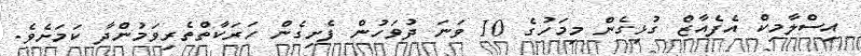
އިސްލާމިކް އެފެއާޒް ގުޅިގެން މިމަހުގެ 10 ވަނަ ދުވަހުން ފެށިގެން ހަރަކާތްތެރިވަމުންދާ ކަމަށެވެ.